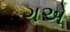
ગએ